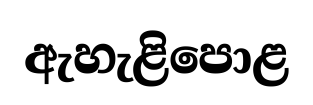
ඇහැළිපොළ